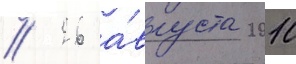
// 26 а́вгуста 2010